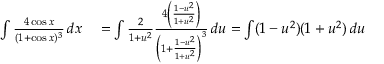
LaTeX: \begin{array} { r l } { \int { \frac { 4 \cos x } { ( 1 + \cos x ) ^ { 3 } } } \, d x } & { { } = \int { \frac { 2 } { 1 + u ^ { 2 } } } { \frac { 4 \left( { \frac { 1 - u ^ { 2 } } { 1 + u ^ { 2 } } } \right) } { \left( 1 + { \frac { 1 - u ^ { 2 } } { 1 + u ^ { 2 } } } \right) ^ { 3 } } } \, d u = \int ( 1 - u ^ { 2 } ) ( 1 + u ^ { 2 } ) \, d u } \end{array}